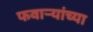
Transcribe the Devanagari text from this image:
फवार्‍यांच्या